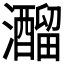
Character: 𤄍